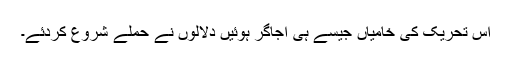
اس تحریک کی خامیاں جیسے ہی اجاگر ہوئیں دلالوں نے حملے شروع کردئے۔